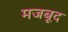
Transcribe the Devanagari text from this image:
मजबूद